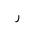
Letter: _ra